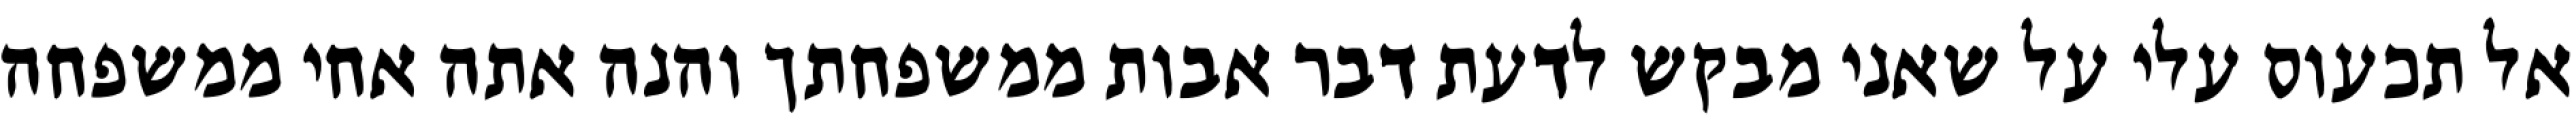
אל תכעוס עלי על שאני מבקש לדעת דבר אבות ממשפחתך והנה אתה אחי ממשפחה